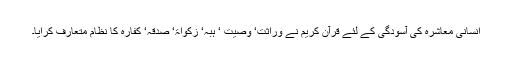
انسانی معاشرہ کی آسودگی کے لئے قرآن کریم نے وراثت‘ وصیت ‘ ہبہ‘ زکواۃ‘ صدقہ‘ کفارہ کا نظام متعارف کرایا۔